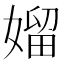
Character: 媹